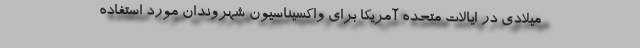
میلادی در ایالات متحده آمریکا برای واکسیناسیون شهروندان مورد استفاده